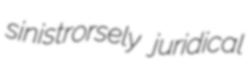
sinistrorsely juridical